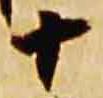
十